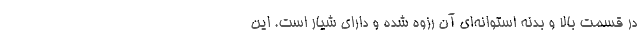
در قسمت بالا و بدنه استوانه‌ای آن رزوه شده و دارای شیار است. این